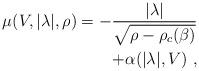
LaTeX: \begin{align*}\mu(V,|\lambda|,{\rho}) = -\frac{|\lambda|}{\sqrt{{\rho}-{\rho_{c}}(\beta)}}\\ + \alpha(|\lambda|,V) \ ,\end{align*}